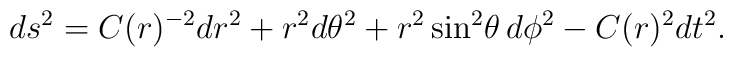
ds^2= C(r)^{-2} dr^2+r^2 d\theta^2+r^2 \sin^2\!\theta\,d\phi^2- C(r)^2 dt^2.